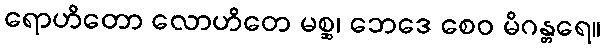
ရောဟိတော လောဟိတေ မစ္ဆ၊ ဘေဒေ စေဝ မိဂန္တရေ။